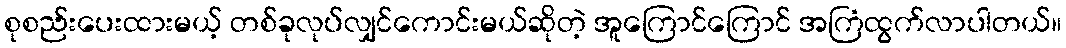
စုစည်းပေးထားမယ့် တစ်ခုလုပ်လျှင်ကောင်းမယ်ဆိုတဲ့ အူကြောင်ကြောင် အကြံထွက်လာပါတယ်။